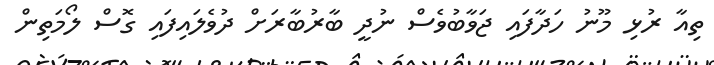
ތިއާ ރުޅި މޫނު ހަދާފައި ޖަވާބުވެސް ނުދީ ބާރުބާރަށް ދުވެލައިފައި ގޮސް ލޯމަތިން